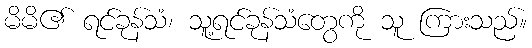
မိမိ၏ ရင်ခုန်သံ၊ သူ့ရင်ခုန်သံတွေကို သူ ကြားသည်။